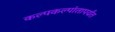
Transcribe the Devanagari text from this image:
कल्पकल्पांतापर्यंत